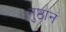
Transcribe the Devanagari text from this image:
नुष्ठानं